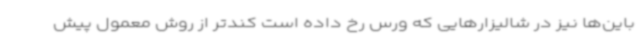
باین‌ها نیز در شالیزارهایی که ورس رخ داده است کندتر از روش معمول پیش